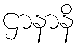
ဌာနာနိ